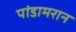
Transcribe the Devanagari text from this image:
पांडामरान